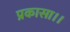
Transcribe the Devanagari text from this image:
प्रकासा।।